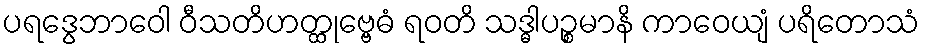
ပရဒွေဘာဝေါ ဝီသတိဟတ္ထုဗ္ဗေဓံ ရဝတိ သဒ္ဓါပဉ္စမာနိ ကာဝေယျံ ပရိတောသံ